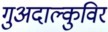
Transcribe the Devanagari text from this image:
गुअदाल्कुविर